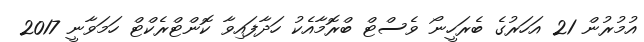
އުމުރުން 21 އަހަރުގެ ބެރަހީނޯ ވެސްޓް ބްރޮމާއެކު ހަދާފައިވާ ކޮންޓްރެކްޓް ހަމަވާނީ 2017